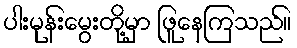
ပါးမုန်းမွေးတို့မှာ ဖြူနေကြသည်။